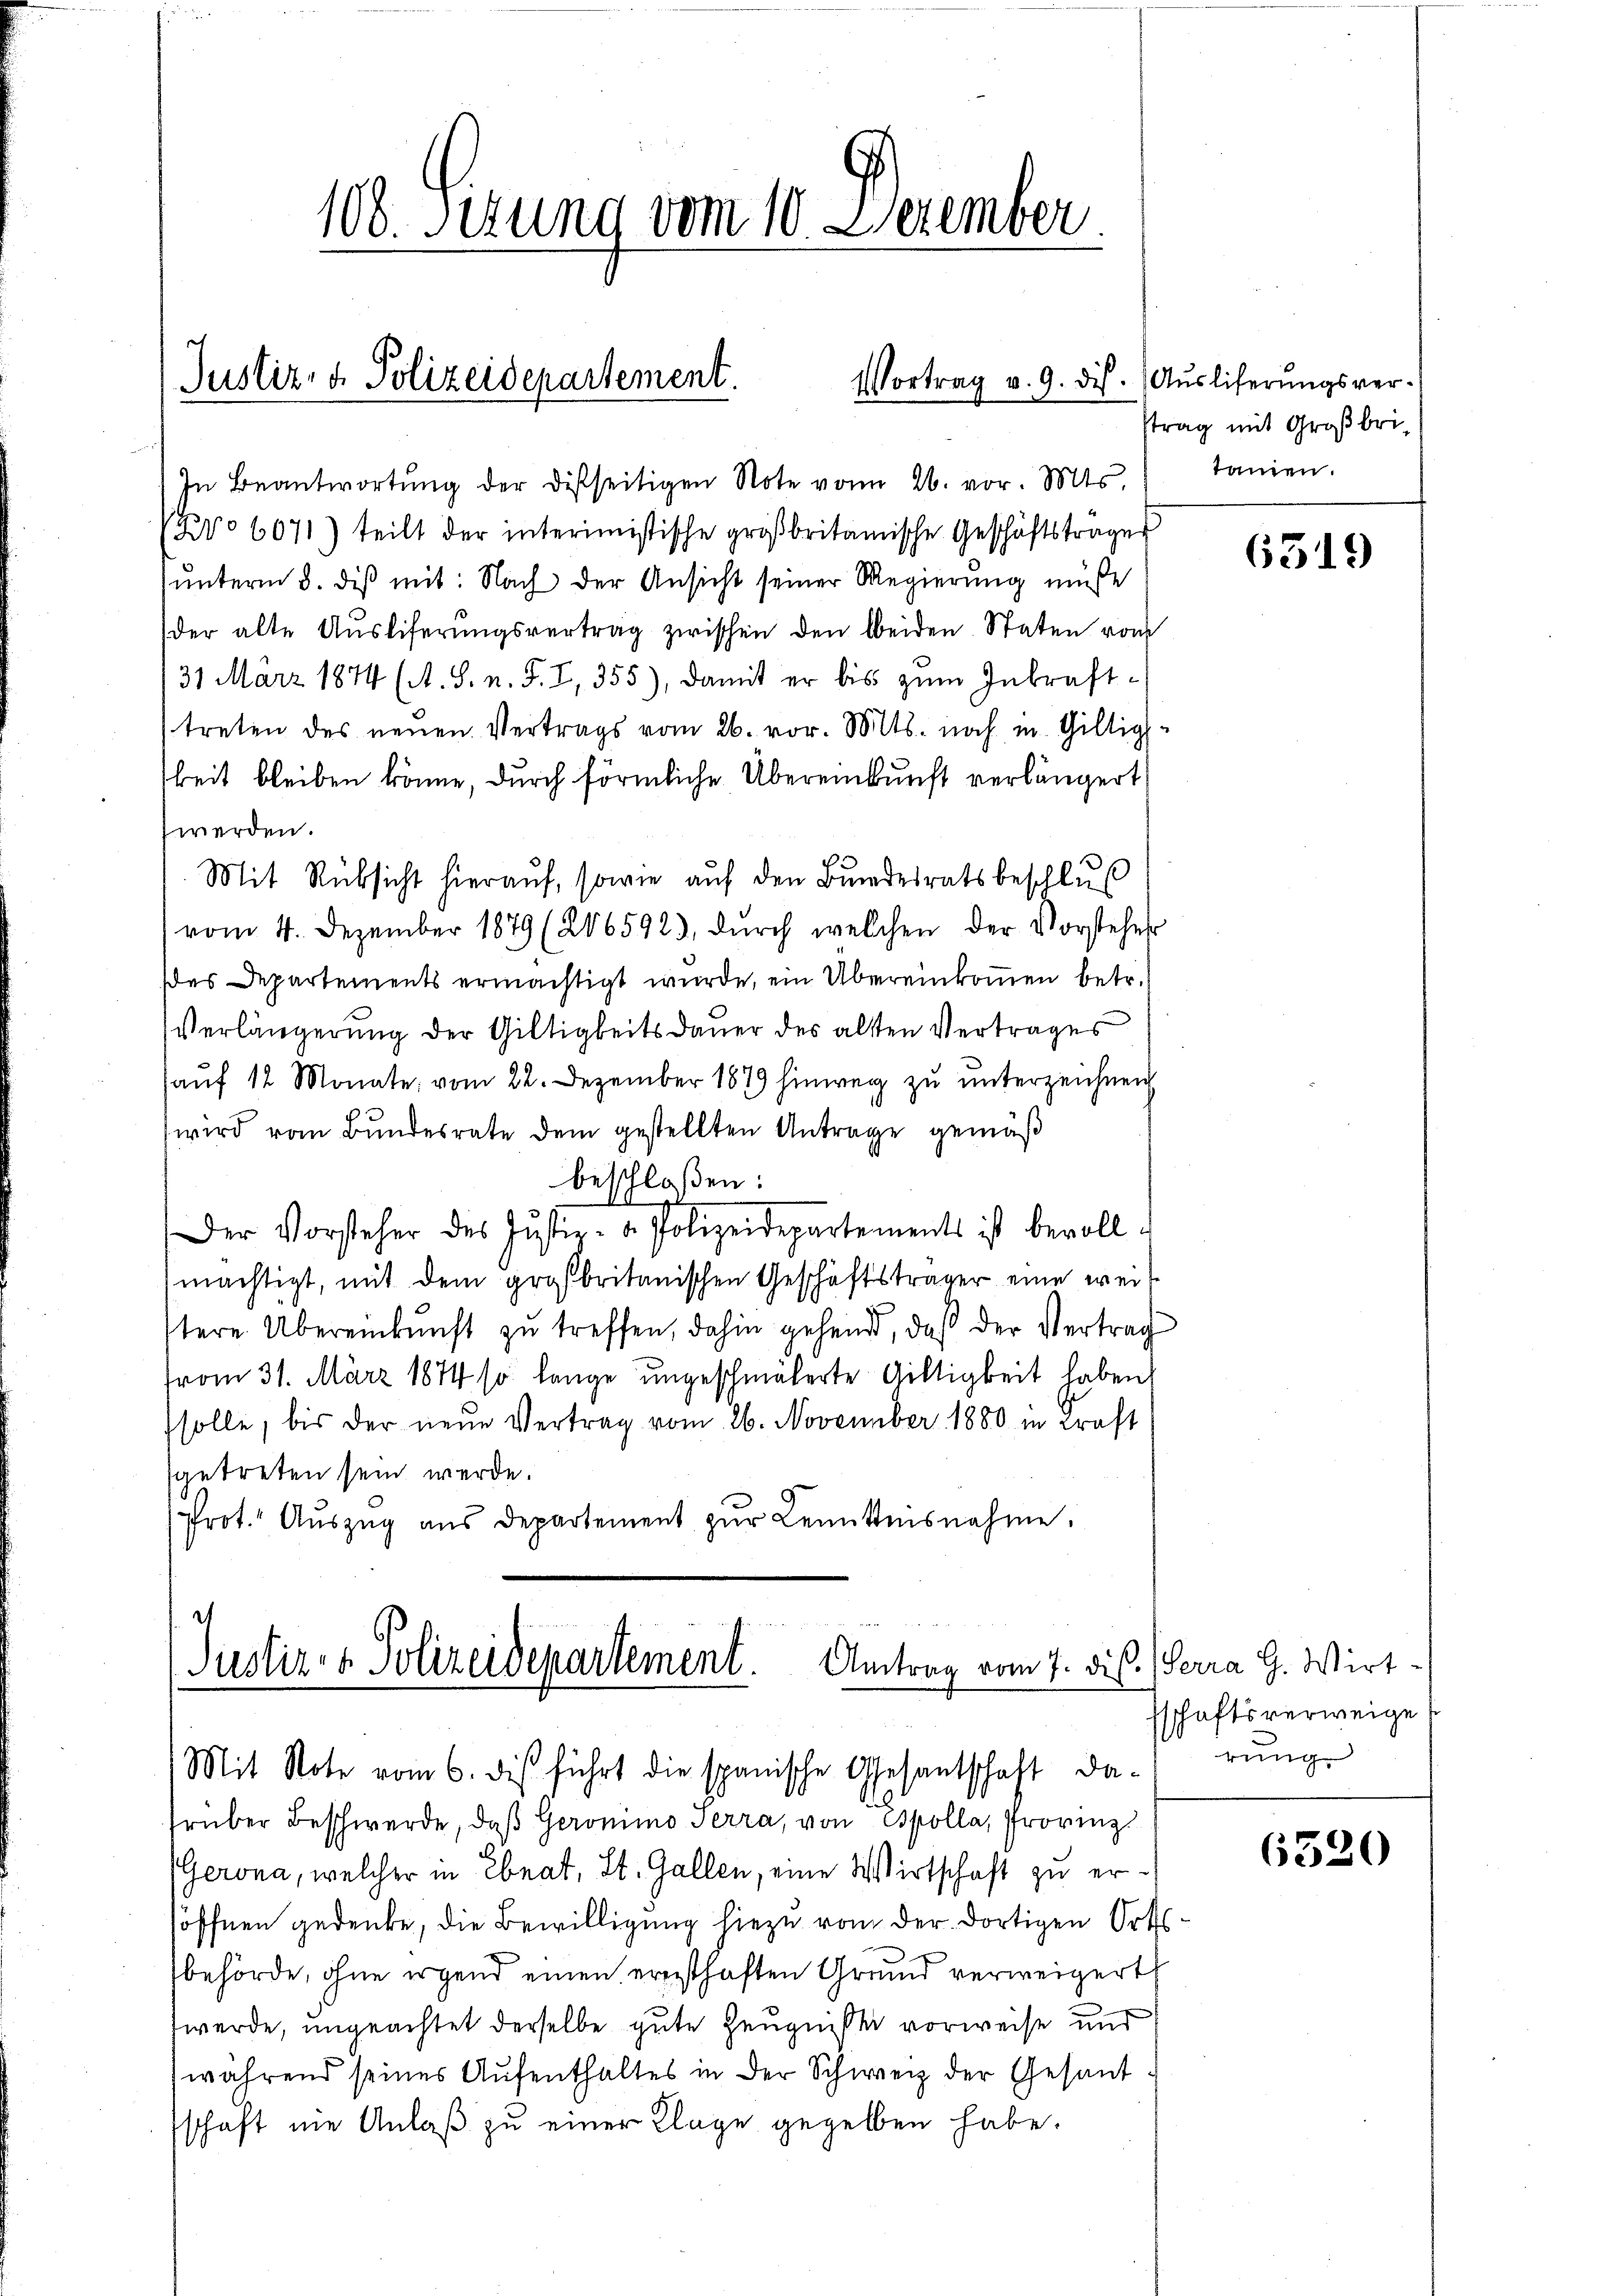
108. Sitzung vom 10. Dezember

Justiz- & Polizeidepartement.
Vortrag v. 9. dis

10o 6071) teilt der interimistische großbritanische Geschäftsträger
unterm 8. diß mit: Nach der Ansicht seiner Regierung müße
(der alte Aŭsliferŭngsvertrag zwischen den beiden Staten vom
31 März 1874 (A. S. n. F. I, 355), damit er bis zŭm Inkraft-
treten des neuen Vertrags vom 26. vor. Mts. noch in Gilligkeit bleiben könne, durch förmliche Übereinkunft verlängert,
werden.
Mit Rücksicht hierauf, sowie auf den Bundesratsbeschlus
vom 4. Dezember 1879 (206592), dŭrch welchen der Vorsteher
es Departements ermächtigt wurde, ein Übereinkoṁen betr.
Verlängerung der Giltigkeitsdauer des alten Vertrages
aŭf 12 Monate vom 22. Dezember 1879 hinweg zŭ ŭnterzeichnen
wird vom Bundesrate dem gestellten Antrage gemäß
beschloßen:
Der Vorsteher des Justiz- u. Polizeidepartements ist bevollmächtigt, mit dem großbritanischen Geschäftsträger eine weitere Übereinkunft zu treffen, dahin gehend, daß der Vertrag
(vom 31. März 1874 so lange ungeschmälerte Giltigkeit haben.
solle, bis der neue Vertrag vom 26. November 1880 in Kraft
sgetreten sein werde.
Prot. Aŭszŭg aŭs departement zŭr Lenittesnahme.

In Beantwortŭng der disseitigen Note von 26. vor. Mts.

Justiz- & Polizeidepartement.
Antrag vom 7. dis.
Mit Note vom 6. dis führt die spanische Gesantschaft da-

rüber Beschwerde, daß Geromino Terra, von Epolla, Provinz
Gerona, welcher in Ebnat, St. Gallen, eine Wirtschaft zu ersöffnen gedenke, die Bewilligung hiezu von der dortigen Ortsbehörde, ohne irgend einen ernsthaften Grund verweigert
werde, ungeachtet derselbe gute Zeugnisse vorweise und
während seines Aufenthaltes in der Schweiz der Gesand
schaft nie Anlaß zu einer Klage gegeben habe.

Ausliferungsverstrag mit Großbrikamen.

6319

Serra G. Wirt-
sschaftsverweige
rung

6520